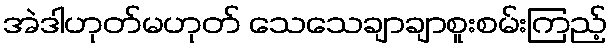
အဲဒါဟုတ်မဟုတ် သေသေချာချာစူးစမ်းကြည့်